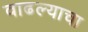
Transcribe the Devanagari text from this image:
वाढल्याचा